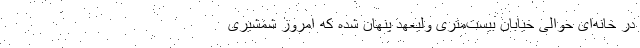
در خانه‌ای حوالی خیابان بیست‌متری ولیعهد پنهان شده که امروز شمشیری